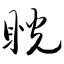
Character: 睨